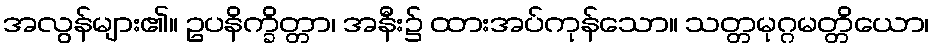
အလွန်များ၏။ ဥပနိက္ခိတ္တာ၊ အနီး၌ ထားအပ်ကုန်သော။ သတ္တမုဂ္ဂမတ္တိယော၊